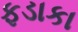
ફડાકા